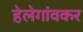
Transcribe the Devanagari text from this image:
हेलेगांवकर